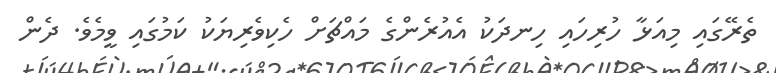
ތެރޭގައި މިއަޅާ ހުރިހައި ހިނދަކު އެއުރެންގެ މައްޗަށް ހެކިވެރިޔަކު ކަމުގައި ވީމެވެ. ދެން